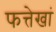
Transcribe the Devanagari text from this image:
फत्तेखां